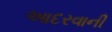
આદરવાની